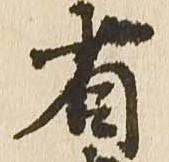
省